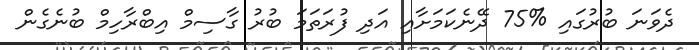
ދެވަނަ ބުރުގައި %75 ދޭނެކަމަށާއި އަދި ފުރަތަމަ ބުރު ގާސިމް އިބްރާހިމް ބުނެގެން